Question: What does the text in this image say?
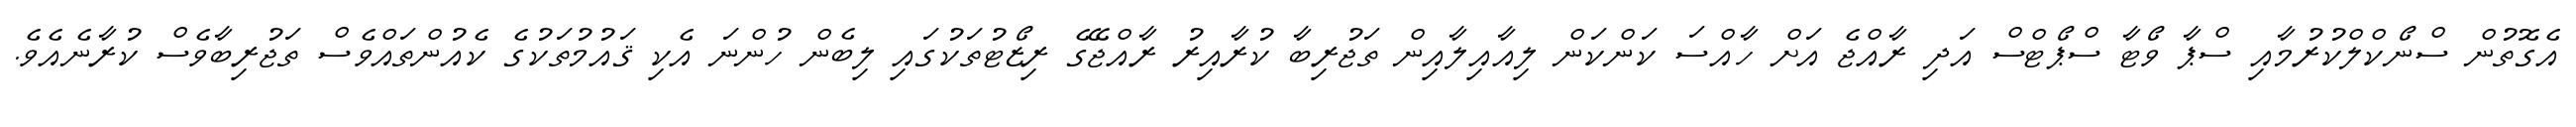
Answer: އެގޮތުން ސްނޯކްލްކުރުމާއި ސްޕާ ވޯޓާ ސްޕޯޓްސް އަދި ރާއްޖެ އަށް ހާއްސަ ކަންކަން ލިއާއިލާއިން ތަޖުރިބާ ކުރާއިރު ރާއްޖޭގެ ރިޒޯޓުތަކުގައި ލިބެން ހުންނަ އެކި ޤައުމުތަކުގެ ކެއުންތައްވެސް ތަޖުރިބާވެސް ކުރާނެއެވެ.